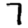
Digit: 7